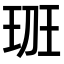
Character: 𤤻